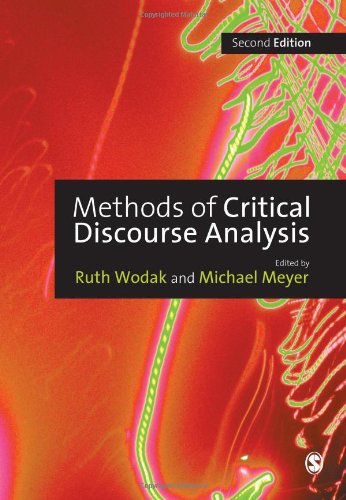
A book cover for Methods of Critical Discourse Analysis (Introducing Qualitative Methods series); Reference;